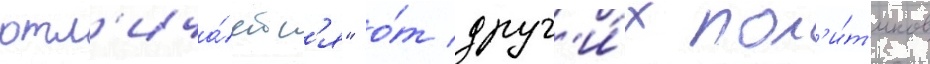
отл'ича́етс'я" о́т друг'и́х пол'и́т'иков